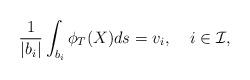
LaTeX: \begin{align*}\frac{1}{|b_i|}\int_{b_i}\phi_T(X)ds=v_i, \;\;\;\; i\in \mathcal{I},\end{align*}